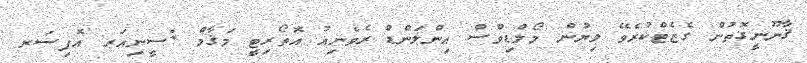
ޤާނޫނީގޮތުން ގެޒެޓްކުރެވޭ ލިޔުން މޯލްޑިވްސް އިންލަންޑް ރެވެނިއު އޮތޯރިޓީ މަޤާމް :ސީނިއަރ އޮފިސަރ